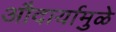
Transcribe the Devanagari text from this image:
औदार्यामुळे